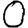
Digit: 0